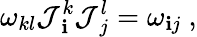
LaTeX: \omega_{kl}\mathcal{J}_{\ \mathbf{i}}^{k}\mathcal{J}_{\ j}^{l}=\omega_{\mathbf{i}j}\ ,